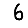
Digit: 6